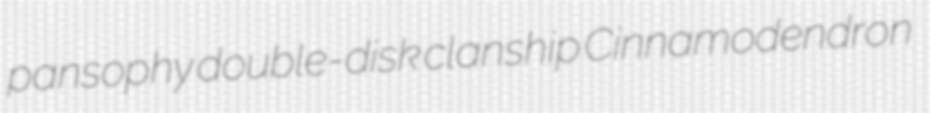
pansophy double-disk clanship Cinnamodendron